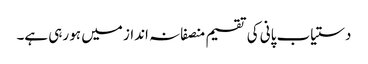
دستیاب پانی کی تقسیم منصفانہ انداز میں ہو رہی ہے۔